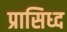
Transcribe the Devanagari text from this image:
प्रासिध्द